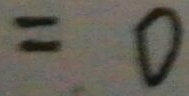
= 0